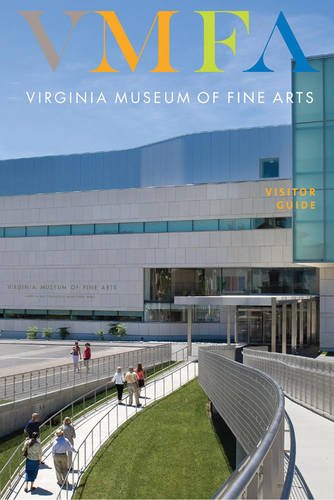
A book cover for Virginia Museum of Fine Arts: Visitor Guide; Virginia Museum of Fine Arts; Travel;